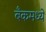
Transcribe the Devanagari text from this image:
बँकमध्ये